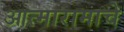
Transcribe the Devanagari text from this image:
आत्मारामाचे